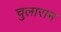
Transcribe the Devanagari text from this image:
चुलाराम